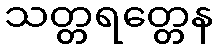
သတ္တရတ္တေန